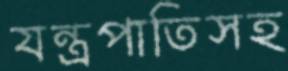
যন্ত্রপাতিসহ